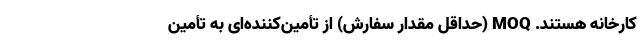
کارخانه هستند. MOQ (حداقل مقدار سفارش) از تأمین‌کننده‌ای به تأمین